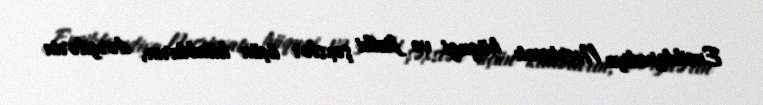
Ensiklopediya Nəşriyyatı hüquqi və fiziki şəxslər üçün kitabların, dərgilərin